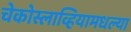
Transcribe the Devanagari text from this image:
चेकोस्लाव्हियामधल्या